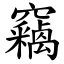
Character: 竊